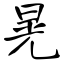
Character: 晃